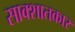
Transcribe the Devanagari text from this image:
साक्शातकार